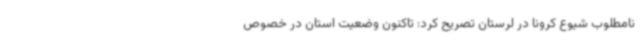
نامطلوب شیوع کرونا در لرستان تصریح کرد: تاکنون وضعیت استان در خصوص